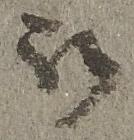
被